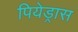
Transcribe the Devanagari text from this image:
पियेड्रास